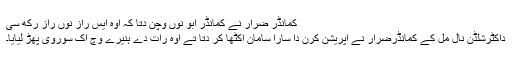
کمانڈر ضرار نے کمانڈر ابو نوں وچن دتا کہ اوہ ایس راز نوں راز رکھ سی
داکٹرشلڈن نال مل کے کمانڈرضرار نے آپریشن کرن دا سارا سامان اکٹھا کر دتا تے اوہ رات دے ہنیرے وچ اک سوروی پھڑ لیایا۔